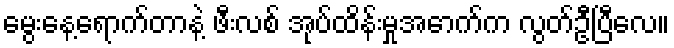
မွေးနေ့ရောက်တာနဲ့ ဖီးလစ် အုပ်ထိန်းမှုအောက်က လွတ်ဦပြီလေ။